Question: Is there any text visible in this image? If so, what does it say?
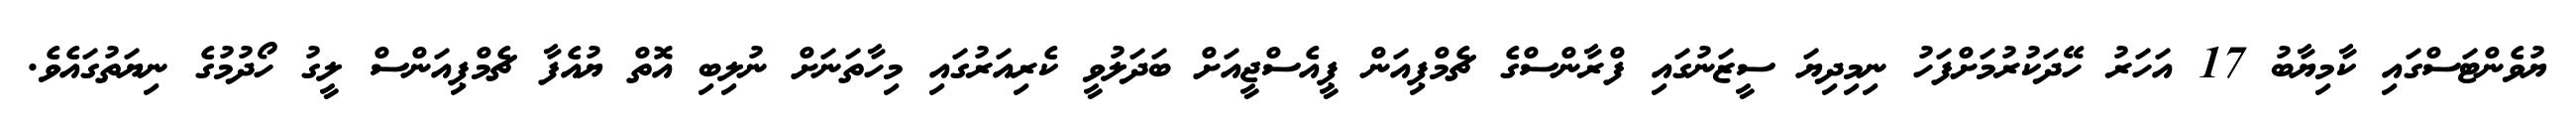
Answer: ޔުވެންޓަސްގައި ކާމިޔާބު 17 އަހަރު ހޭދަކުރުމަށްފަހު ނިމިދިޔަ ސީޒަނުގައި ފްރާންސްގެ ޗެމްޕިއަން ޕީއެސްޖީއަށް ބަދަލުވީ ކެރިއަރުގައި މިހާތަނަށް ނުލިބި އޮތް ޔުއެފާ ޗެމްޕިއަންސް ލީގު ހޯދުމުގެ ނިޔަތުގައެވެ.